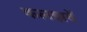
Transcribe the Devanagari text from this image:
कलझवें